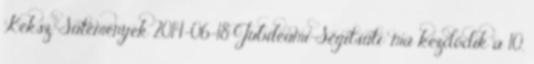
Keksz, Sütemények 2014-06-18 Jubileumi Segítsüti: ma kezdődik a 10.